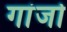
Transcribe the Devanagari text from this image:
गांजो